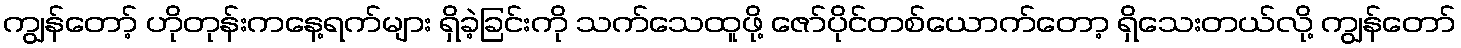
ကျွန်တော့် ဟိုတုန်းကနေ့ရက်များ ရှိခဲ့ခြင်းကို သက်သေထူဖို့ ဇော်ပိုင်တစ်ယောက်တော့ ရှိသေးတယ်လို့ ကျွန်တော်